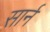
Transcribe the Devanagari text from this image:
सार्न